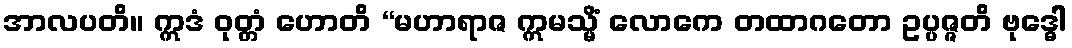
အာလပတိ။ ဣဒံ ဝုတ္တံ ဟောတိ “မဟာရာဇ ဣမသ္မိံ လောကေ တထာဂတော ဥပ္ပဇ္ဇတိ ဗုဒ္ဓေါ